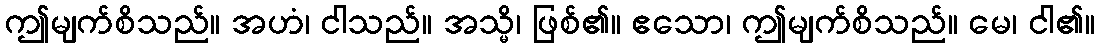
ဤမျက်စိသည်။ အဟံ၊ ငါသည်။ အသ္မိ၊ ဖြစ်၏။ ဧသော၊ ဤမျက်စိသည်။ မေ၊ ငါ၏။